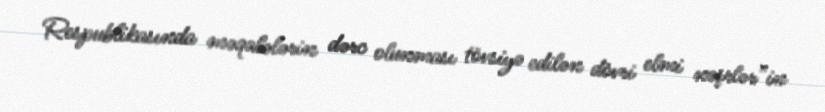
Respublikasında məqalələrin dərc olunması tövsiyə edilən dövri elmi nəşrlər”in